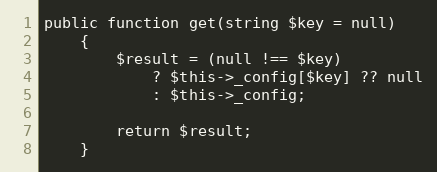
Language: PHP
public function get(string $key = null)
    {
        $result = (null !== $key)
            ? $this->_config[$key] ?? null
            : $this->_config;

        return $result;
    }